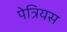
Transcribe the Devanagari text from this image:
पेत्रियस